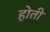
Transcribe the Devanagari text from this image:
हाेती